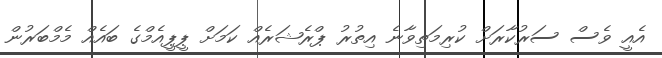
އެއީ ވެސް ސަރުކާރަށް ކުރިމަތިވާނެ އިތުރު ޕްރެޝަރެއް ކަމަށް ޕީޕީއެމްގެ ބައެއް މެމްބަރުން